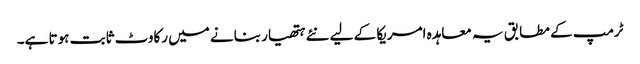
ٹرمپ کے مطابق یہ معاہدہ امریکا کے لیے نئے ہتھیار بنانے میں رکاوٹ ثابت ہوتا ہے۔